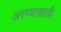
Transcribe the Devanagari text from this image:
अरण्यासाठी